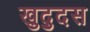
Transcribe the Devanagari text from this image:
खुद्दुस